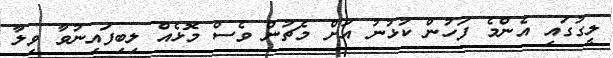
ލީގުގައި އެންމެ ފަހުން ކުޅުނު އަށް މެޗުން ވެސް މޮޅެއް ލިބިފައިނުވާ ވިލާ